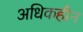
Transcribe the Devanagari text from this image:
अधिकहीन